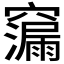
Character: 𮄠